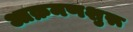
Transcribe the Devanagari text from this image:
आक्रमणशुरू